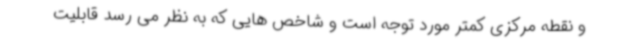
و نقطه مرکزی کمتر مورد توجه است و شاخص هایی که به نظر می رسد قابلیت